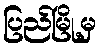
ပြည်မြို့မှ